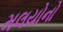
મલયોનો